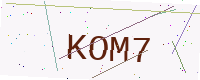
Text: KOM7